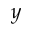
y